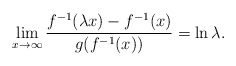
\begin{align*}\lim_{x\to\infty}\frac{f^{-1}(\lambda x)-f^{-1}(x)}{g(f^{-1}(x))}=\ln\lambda.\end{align*}